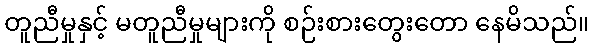
တူညီမှုနှင့် မတူညီမှုများကို စဉ်းစားတွေးတော နေမိသည်။